Civil Veterinary Department Bengal reports 1923-33 - 1923-1933
Year: 1923
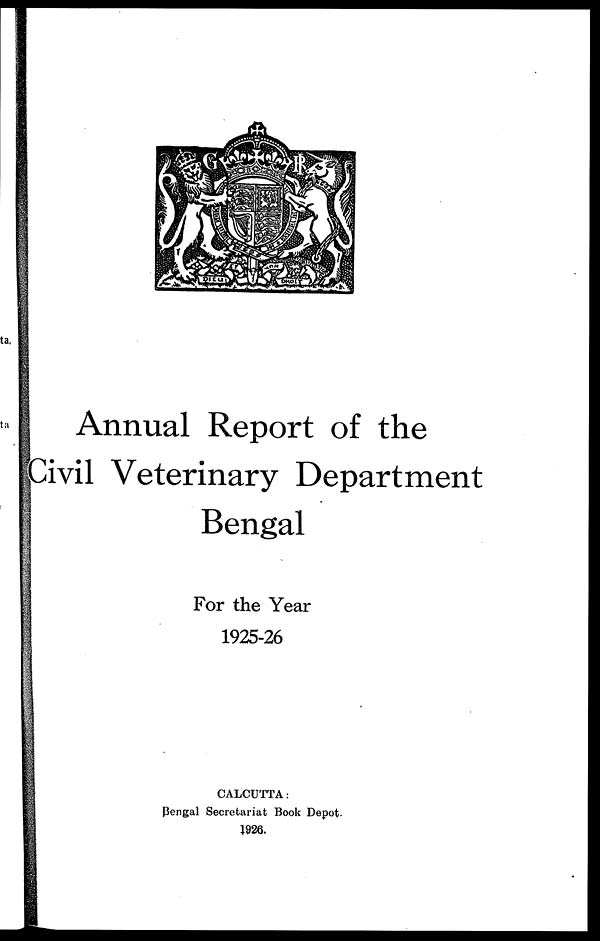
Annual Report of the
Civil Veterinary Department
Bengal
For the Year
1925-26
CALCUTTA:
Bengal Secretariat Book Depot.
1926.